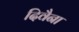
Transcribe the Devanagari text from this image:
दिवैना